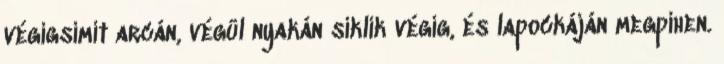
végigsimít arcán, végül nyakán siklik végig, és lapockáján megpihen.